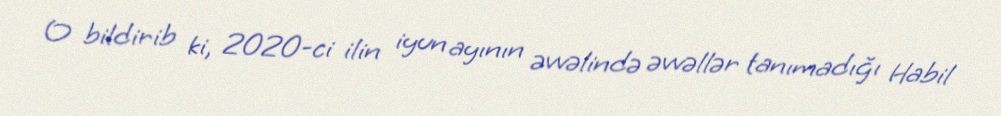
O bildirib ki, 2020-ci ilin iyun ayının əvvəlində əvvəllər tanımadığı Habil